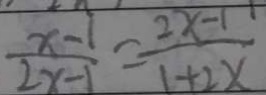
\frac { x - 1 } { 2 x - 1 } = \frac { 2 x - 1 } { 1 + 2 x }